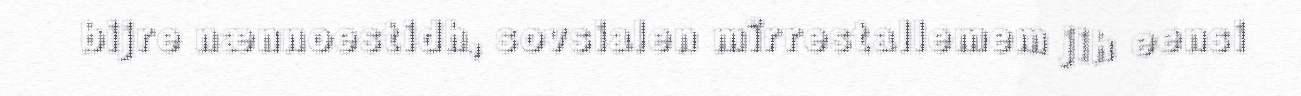
bijre nænnoestidh, sovsialen mïrrestallemem jih eensi